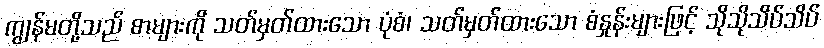
ကျွန်မတို့သည် စာများကို သတ်မှတ်ထားသော ပုံစံ၊ သတ်မှတ်ထားသော စံနှုန်းများဖြင့် သိုသိုသိပ်သိပ်